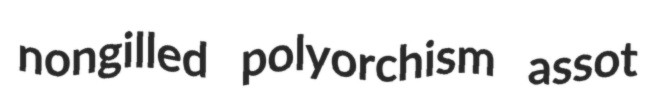
nongilled polyorchism assot